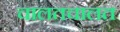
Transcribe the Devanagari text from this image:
चालतचालत